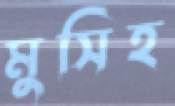
মুসিহ